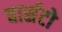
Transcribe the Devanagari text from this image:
बार्सटो